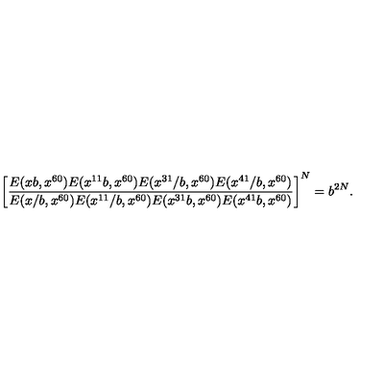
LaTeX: \left[ \frac { E ( x b , x ^ { 6 0 } ) E ( x ^ { 1 1 } b , x ^ { 6 0 } ) E ( x ^ { 3 1 } / b , x ^ { 6 0 } ) E ( x ^ { 4 1 } / b , x ^ { 6 0 } ) } { E ( x / b , x ^ { 6 0 } ) E ( x ^ { 1 1 } / b , x ^ { 6 0 } ) E ( x ^ { 3 1 } b , x ^ { 6 0 } ) E ( x ^ { 4 1 } b , x ^ { 6 0 } ) } \right] ^ { N } = b ^ { 2 N } .